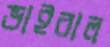
ভাইরাল